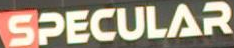
SPECULAR